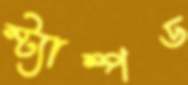
স্ট্যাম্পড